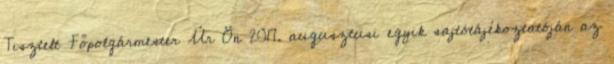
Tisztelt Főpolgármester Úr Ön 2017. augusztusi egyik sajtótájékoztatóján az